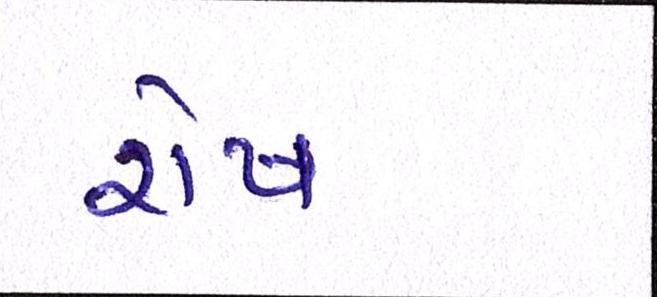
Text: રોષ